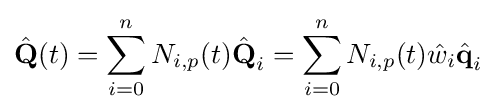
{\hat {\textbf {Q}}}(t)=\sum \limits _{i=0}^{n}{N_{i,p}(t){\hat {\textbf {Q}}}_{i}}=\sum \limits _{i=0}^{n}{N_{i,p}(t){\hat {w}}_{i}{\hat {\textbf {q}}}_{i}}